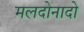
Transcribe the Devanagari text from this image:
मलदोनादो